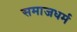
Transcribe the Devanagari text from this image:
समाजधर्म